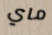
ماي